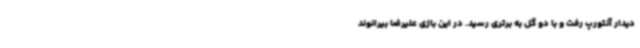
دیدار آنتورپ رفت و با دو گل به برتری رسید. در این بازی علیرضا بیرانوند